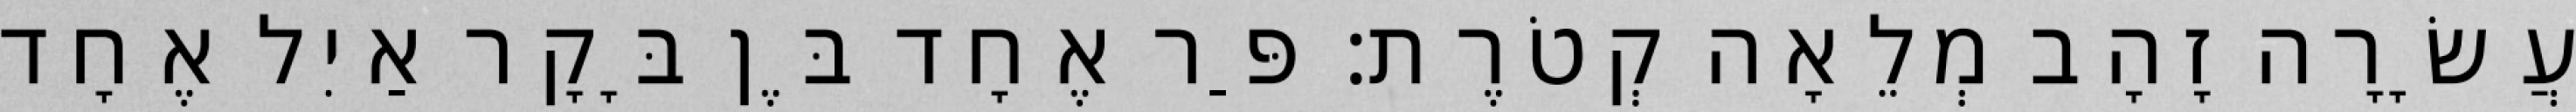
עֲשָׂרָה זָהָב מְלֵאָה קְטֹרֶת׃ פַּר אֶחָד בֶּן בָּקָר אַיִל אֶחָד